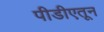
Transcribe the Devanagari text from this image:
पीडीएतून